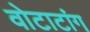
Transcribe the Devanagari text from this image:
वोटाटांग